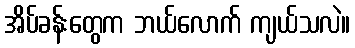
အိပ်ခန်းတွေက ဘယ်လောက် ကျယ်သလဲ။